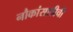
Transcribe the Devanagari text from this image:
नौकांसाठीची